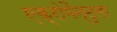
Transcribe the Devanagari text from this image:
एक्रोमैन्टुला